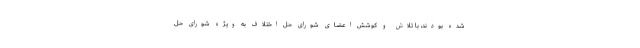
شده بودند، با تلاش و کوشش اعضای شورای حل اختلاف به ویژه شورای حل